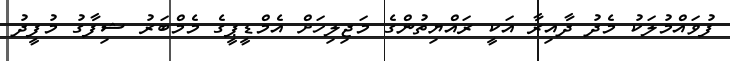
ފުވައްމުލަކު މެދު ދާއިރާ އަކީ ރައްޔިތުންގެ މަޖިލިހަށް އެމްޑީޕީގެ މެމްބަރު ޝިފާގު މުފީދު